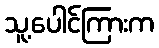
သူ့ပေါင်ကြားက